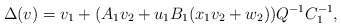
\begin{align*}\Delta (v) = v_1+ (A_1v_2+u_1B_1(x_1v_2+w_2))Q^{-1}C_1^{-1},\end{align*}